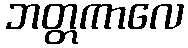
ဘတ္တကာလေ